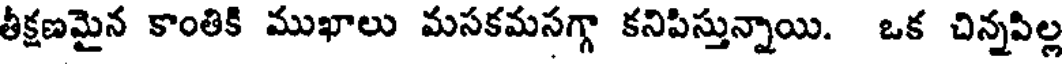
తీక్షణమైన కాంతికి ముఖాలు మసకమసగ్గా కనిపిస్తున్నాయి. ఒక చిన్నపిల్ల